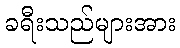
ခရီးသည်များအား